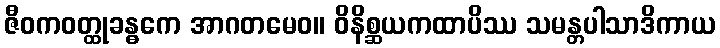
ဇီဝကဝတ္ထုခန္ဓကေ အာဂတမေဝ။ ဝိနိစ္ဆယကထာပိဿ သမန္တပါသာဒိကာယ